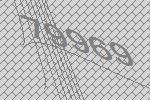
79969